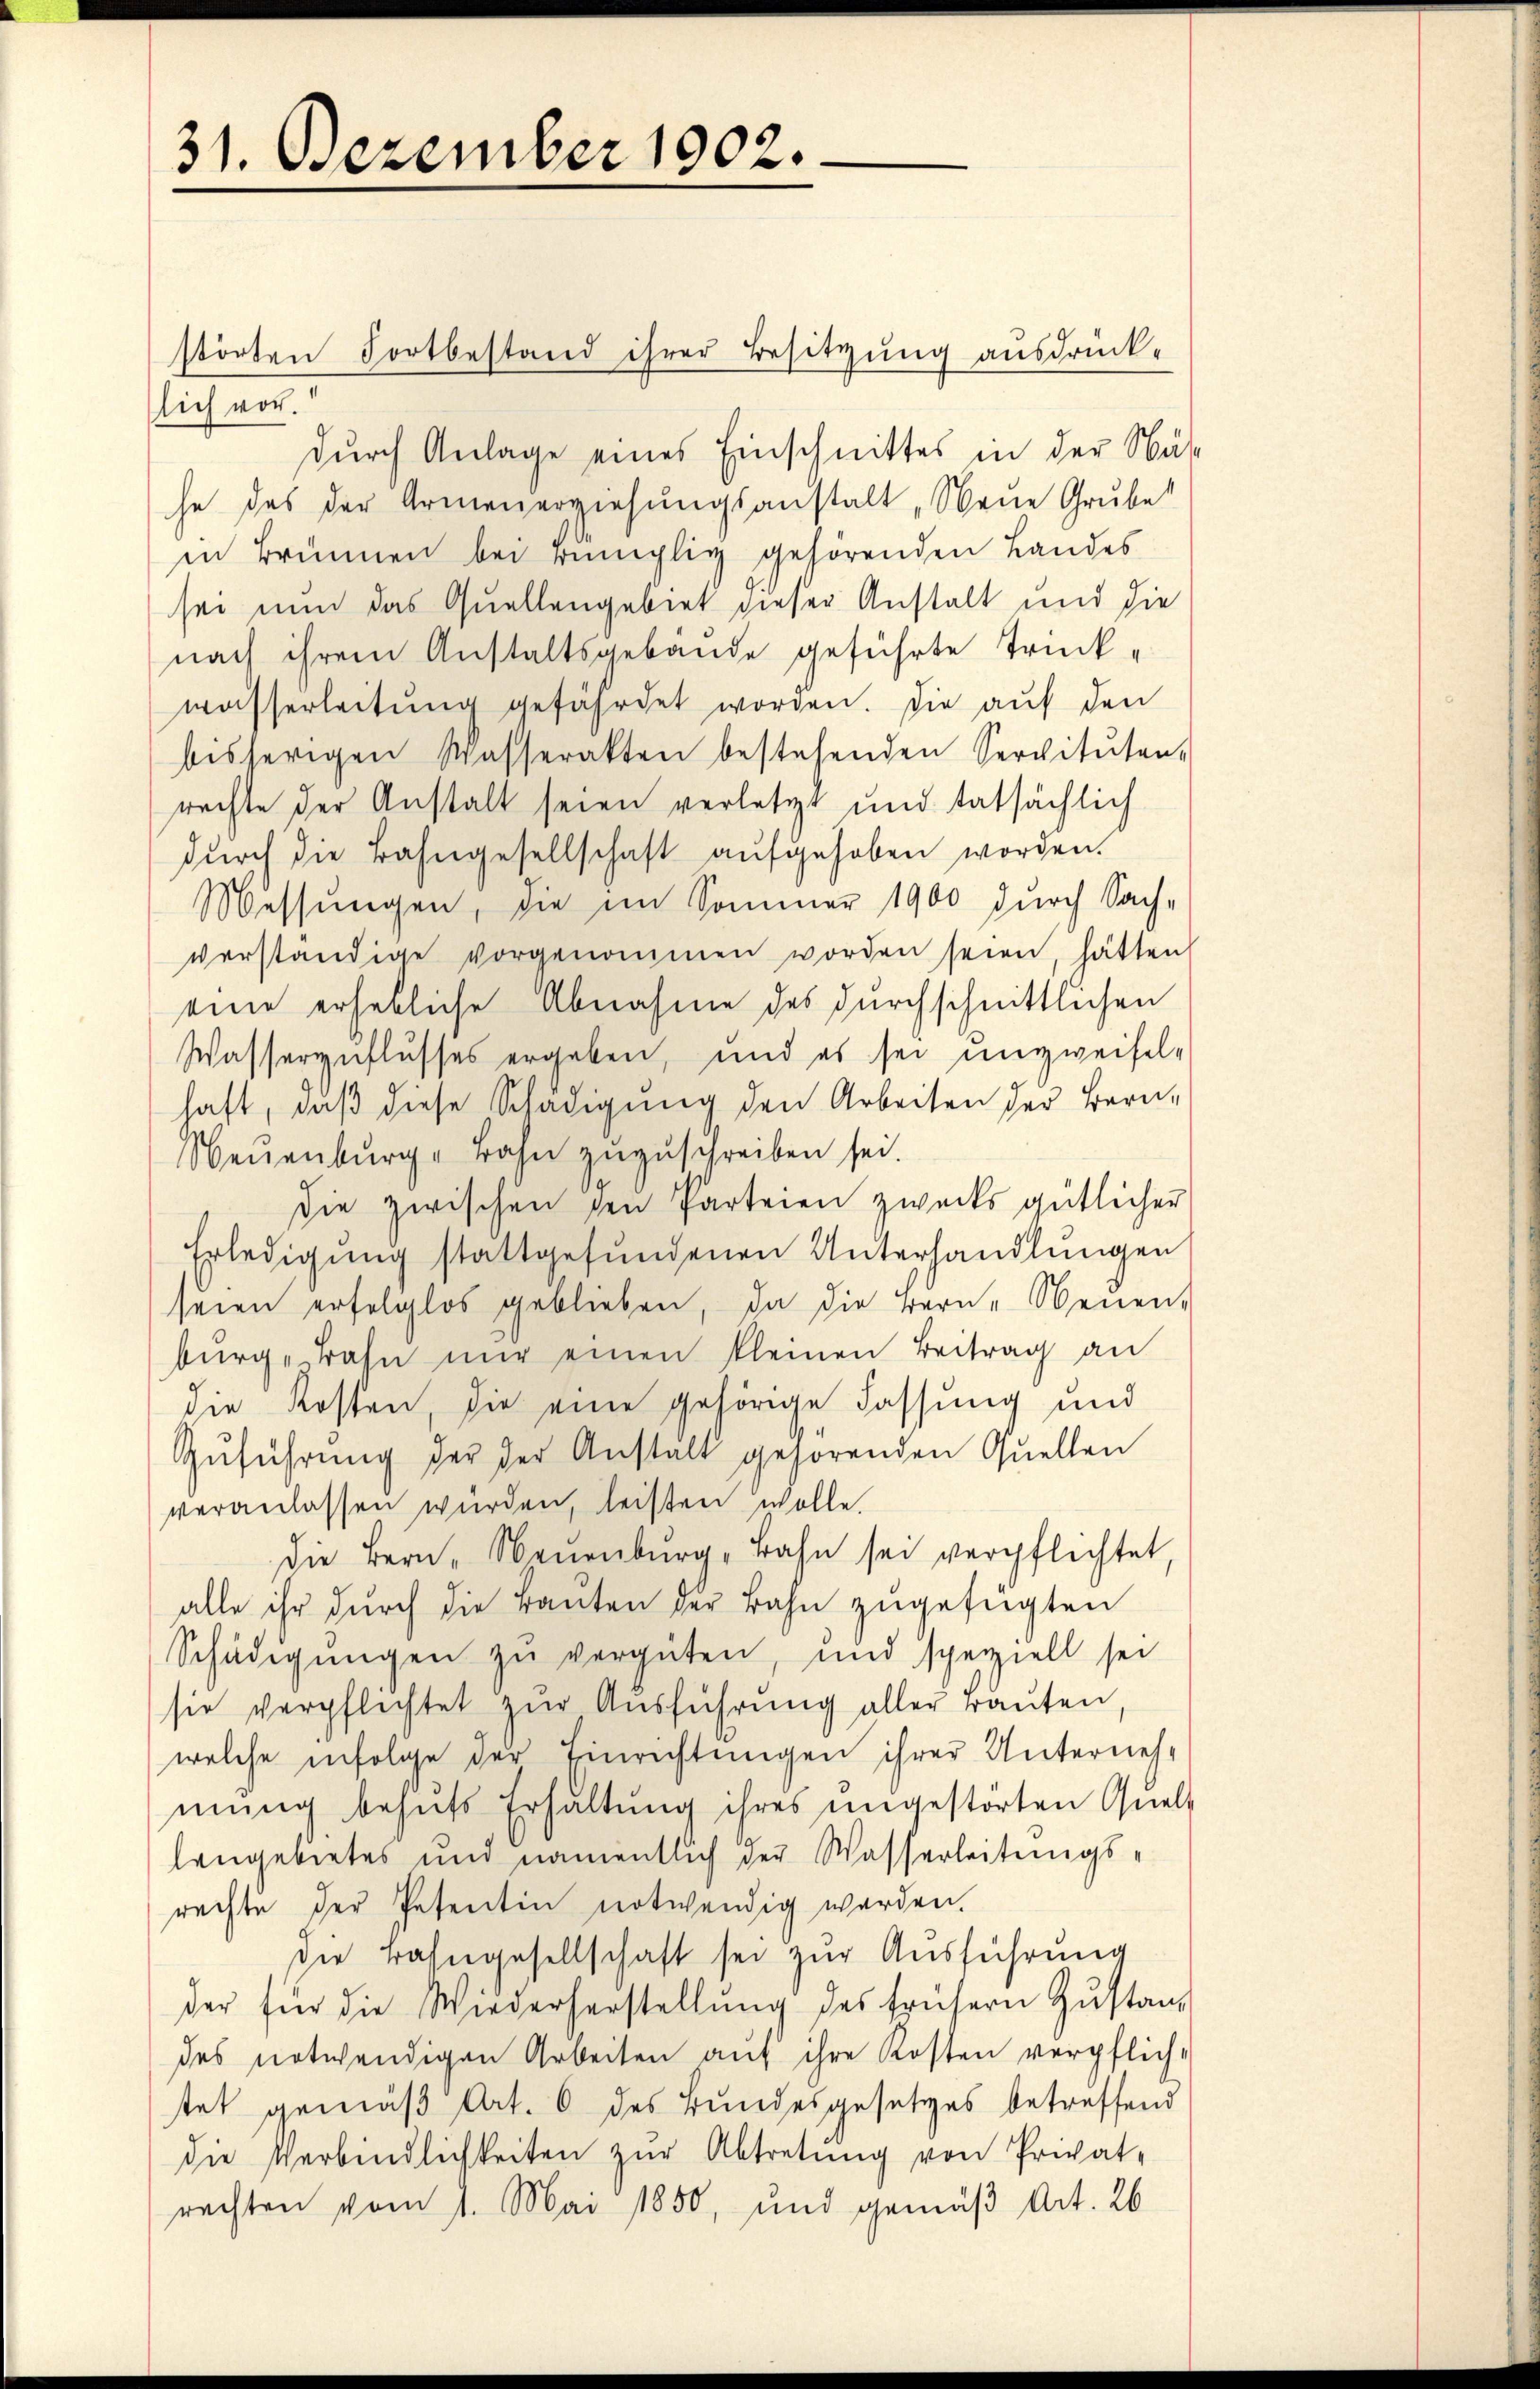
31. Dezember 1902.

störten Fortbestand ihrer Besitzung ausdrück-
lich vor.
durch Anlage eines Einschnittes in der Näh
he das der Armenerziehungsanstalt „Neue Grube
in Brunnen bei künglig gehörenden Landes
sei nun das Quellengebiet dieser Anstalt und die
nach ihrem Anstaltsgebäude geführte Trink-
wasserleitŭng gefährdet worden. Die auf den
bisherigen Wasserakten bestehenden Servitŭten-
rechte der Anstalt seien verletzt und tatsächlich
durch die Bahngesellschaft aufgehoben worden.
Messungen, die im Sommer 1900 durch Sach-
verständige vorgenommen worden seien, hätten
eine erhebliche Abnahme des durchschnittlichen
Wasserzuflusses ergeben, und es sei unzweifel-
haft, daβ diese Schädigung den Arbeiten der Bern,
Neuenburg, Bahn zuzuschreiben sei.
die zwischen den Parteien zwecks gütlicher
Erledigŭng stattgefŭndenen Unterhandlŭngen
seien erfolglos geblieben, da die Bern, Neuen-
bŭrg-Bahn nŭr einen kleinen Beitrag an
die Kosten, die eine gehörige Fassung und
Zŭführŭng der der Anstalt gehörenden Quellen
veranlassen würden, leisten wolle.
die Bern, Neuenburg, Bahn sei verpflichtet
alle ihr durch die Baŭten der Bahn zugefügten
Schädigŭngen zŭ vergüten, und speziell sei
sie verpflichtet zŭr Aŭsführung aller rauten,
welche infolge der Einrichtungen ihrer Unternehmung behufs Erhaltung ihres ungestörten Quell
lengebietes und namentlich der Wasserleitungsrechte der Petentin notwendig werden.
die Bahngesellschaft sei zur Ausführung
der für die Wiederherstellŭng des frühern Zŭstan
des notwendigen Arbeiten auf ihre Kosten verpflich-
tet gemäβ Art. 6 des Bundesgesetzes betreffend
die Verbindlichkeiten zŭr Abtretung von Privat-
rechten vom 1. Mai 1850, und gemäß Art. 26